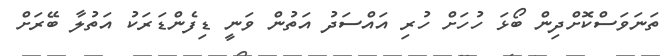
ތަނަވަސްކޮށްދިން ބޯޅަ ހުހަށް ހުރި އައްސަދު އަތުން ވަނީ ޑިފެންޑަރަކު އަތުލާ ބޭރަށް